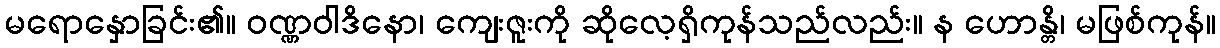
မရောနှောခြင်း၏။ ဝဏ္ဏဝါဒိနော၊ ကျေးဇူးကို ဆိုလေ့ရှိကုန်သည်လည်း။ န ဟောန္တိ၊ မဖြစ်ကုန်။